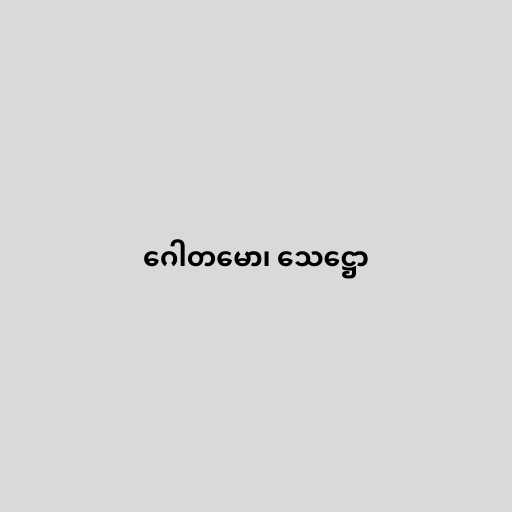
ဂေါတမော၊ သေဋ္ဌော